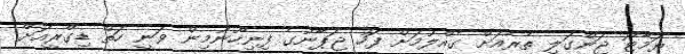
ޔަމާޓޯ ޖަންގަލި ތެރެއަށް ގެއްލުމަށް ފަހު ޖަޕާނުގެ ފިނިހޫނުމިން ވަނީ ހަތް ޑިގްރީއަށް